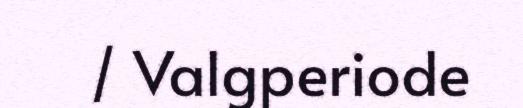
/ Valgperiode